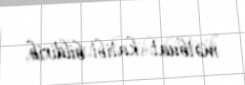
mətbuat katibi bildirib.